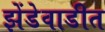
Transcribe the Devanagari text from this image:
झेंडेवाडीत